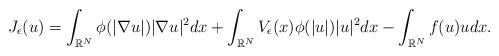
LaTeX: \begin{align*}J_{\epsilon}(u) = \int_{\mathbb{R}^{N}}\phi(\vert \nabla u\vert)\vert \nabla u\vert^{2}dx + \int_{\mathbb{R}^{N}}V_{\epsilon}(x)\phi(\vert u\vert)\vert u\vert^{2}dx - \int_{\mathbb{R}^{N}}f(u)udx.\end{align*}